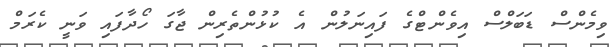
ވިމެންސް ޑަބަލްސް އިވެންޓްގެ ފައިނަލުން އެ ކުޅުންތެރިން ޖާގަ ހޯދާފައި ވަނީ ކެރަމް